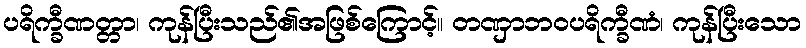
ပရိက္ခီဏတ္တာ၊ ကုန်ပြီးသည်၏အဖြစ်ကြောင့်။ တဏှာဘဝပရိက္ခီဏံ၊ ကုန်ပြီးသော